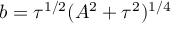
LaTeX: b = \tau ^ { 1 / 2 } ( A ^ { 2 } + \tau ^ { 2 } ) ^ { 1 / 4 }